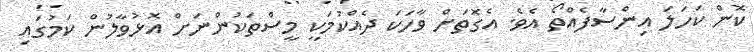
ކޮން ކަހަލަ އިންސާފެއްތޯ އެވެ. އެގޮތަށް ވާހަކަ ދެއްކުމަކީ މީސްތަކުންނަށް އޮޅުވާލުން ކަމުގައި